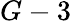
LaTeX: G-3